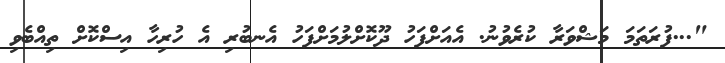
"...ފުރަތަމަ މަޝްވަރާ ކުރެވުނު. އެއަށްފަހު ދޫކޮށްލުމަށްފަހު އެނބުރި އެ ހުރިހާ އިސްކޮށް ތިއްބެވި